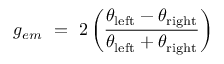
g _ { e m } \ = \ 2 \left( { \frac { \theta _ { \mathrm { l e f t } } - \theta _ { \mathrm { r i g h t } } } { \theta _ { \mathrm { l e f t } } + \theta _ { \mathrm { r i g h t } } } } \right)